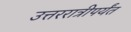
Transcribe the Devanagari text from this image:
उत्तररात्रीपर्यंत